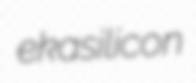
ekasilicon